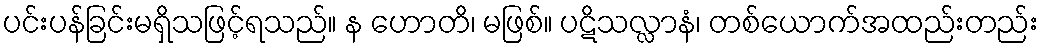
ပင်းပန်ခြင်းမရှိသဖြင့်ရသည်။ န ဟောတိ၊ မဖြစ်။ ပဋိသလ္လာနံ၊ တစ်ယောက်အထည်းတည်း